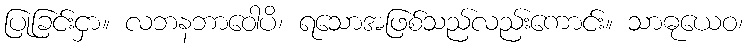
ပြုခြင်းငှာ။ လဘနဘာဝေါပိ၊ ရသောအဖြစ်သည်လည်းကောင်း။ သာဓုယေဝ၊